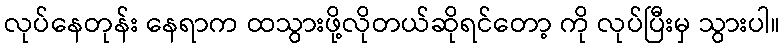
လုပ်နေတုန်း နေရာက ထသွားဖို့လိုတယ်ဆိုရင်တော့ ကို လုပ်ပြီးမှ သွားပါ။